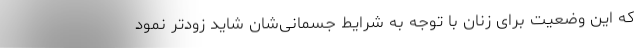
که این وضعیت برای زنان با توجه به شرایط جسمانی‌شان شاید زودتر نمود